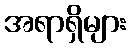
အရာရှိများ